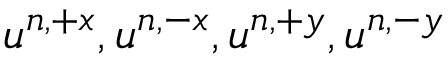
u ^ { n , + x } , u ^ { n , - x } , u ^ { n , + y } , u ^ { n , - y }